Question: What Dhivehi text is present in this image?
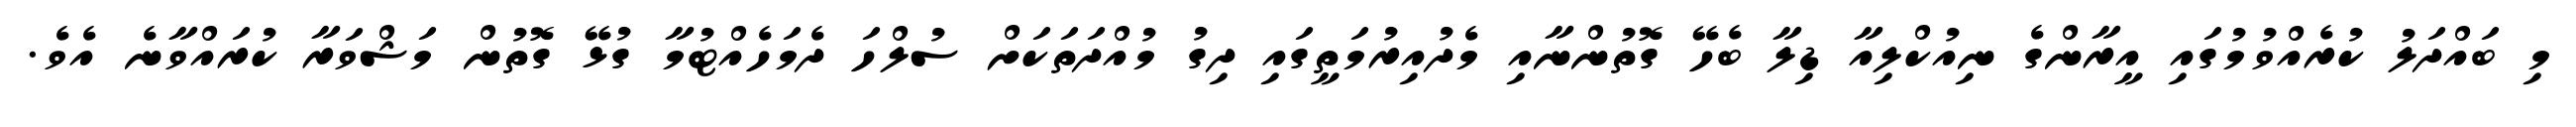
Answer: މި ބައްދަލު ކުރެއްވުމުގައި އީރާންގެ ނިއުކްލިއާ ޑިލާ ބެހޭ ގޮތުންނާއި މެދުއިރުމަތީގައި ދިގު މުއްދަތަކަށް ސުލްހަ ދެމަހެއްޓުމާ ގުޅޭ ގޮތުން މަޝްވަރާ ކުރައްވާނެ އެވެ.